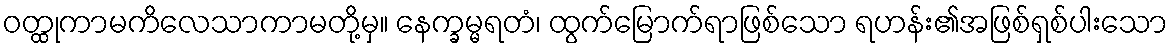
ဝတ္ထုကာမကိလေသာကာမတို့မှ။ နေက္ခမ္မရတံ၊ ထွက်မြောက်ရာဖြစ်သော ရဟန်း၏အဖြစ်ရှစ်ပါးသော